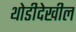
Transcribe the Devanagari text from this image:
थोडीदेखील